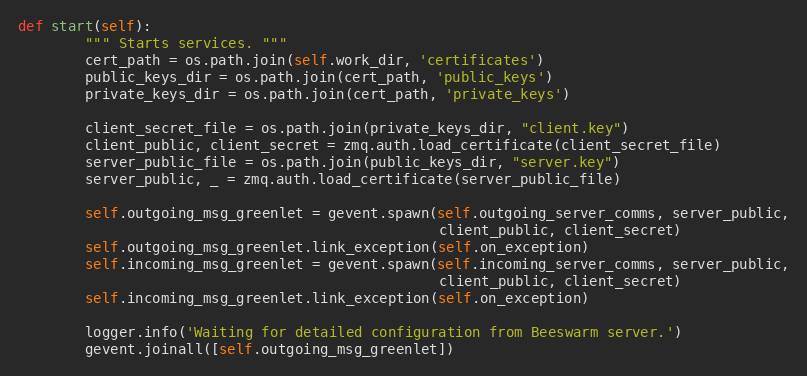
Language: Python
def start(self):
        """ Starts services. """
        cert_path = os.path.join(self.work_dir, 'certificates')
        public_keys_dir = os.path.join(cert_path, 'public_keys')
        private_keys_dir = os.path.join(cert_path, 'private_keys')

        client_secret_file = os.path.join(private_keys_dir, "client.key")
        client_public, client_secret = zmq.auth.load_certificate(client_secret_file)
        server_public_file = os.path.join(public_keys_dir, "server.key")
        server_public, _ = zmq.auth.load_certificate(server_public_file)

        self.outgoing_msg_greenlet = gevent.spawn(self.outgoing_server_comms, server_public,
                                                  client_public, client_secret)
        self.outgoing_msg_greenlet.link_exception(self.on_exception)
        self.incoming_msg_greenlet = gevent.spawn(self.incoming_server_comms, server_public,
                                                  client_public, client_secret)
        self.incoming_msg_greenlet.link_exception(self.on_exception)

        logger.info('Waiting for detailed configuration from Beeswarm server.')
        gevent.joinall([self.outgoing_msg_greenlet])